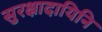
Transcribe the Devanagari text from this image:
सुरक्षादायिनि